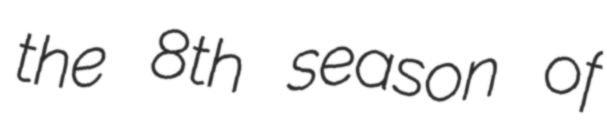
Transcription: the 8th season of